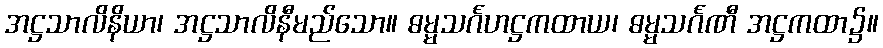
အဋ္ဌသာလိနိယာ၊ အဋ္ဌသာလိနီမည်သော။ ဓမ္မသင်္ဂဟဋ္ဌကထာယ၊ ဓမ္မသင်္ဂဏီ အဋ္ဌကထာ၌။